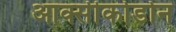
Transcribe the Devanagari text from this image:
आक्सीकोडोन